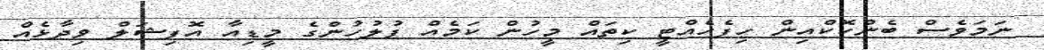
ނަމަވެސް ބެންކޮކްއިން ހިފެހެއްޓީ ކިތައް މީހުން ކަމެއް ފުލުހުންގެ މީޑިއާ އޮފިޝަލް ވިދާޅެއް